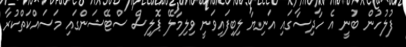
ފުލުހުން ބުނީ އެ ހާދިސާގައި އަނިޔާ ލިބިފައިވަނީ ވިލިމާލޭ ޕޮލިސް ސްޓޭޝަންގައި މަސައްކަތްކުރާ